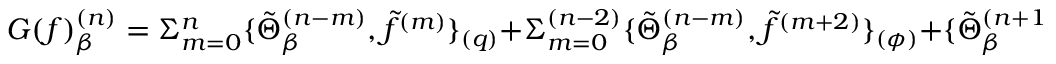
G ( f ) _ { \beta } ^ { ( n ) } = \Sigma _ { m = 0 } ^ { n } \{ \tilde { \Theta } _ { \beta } ^ { ( n - m ) } , \tilde { f } ^ { ( m ) } \} _ { ( q ) } + \Sigma _ { m = 0 } ^ { ( n - 2 ) } \{ \tilde { \Theta } _ { \beta } ^ { ( n - m ) } , \tilde { f } ^ { ( m + 2 ) } \} _ { ( \phi ) } + \{ \tilde { \Theta } _ { \beta } ^ { ( n + 1 ) } , \tilde { f } ^ { ( 1 ) } \} _ { ( \phi ) }